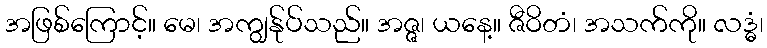
အဖြစ်ကြောင့်။ မေ၊ အကျွန်ုပ်သည်။ အဇ္ဇ၊ ယနေ့။ ဇီဝိတံ၊ အသက်ကို။ လဒ္ဓံ၊